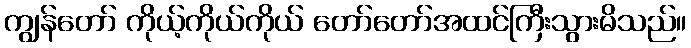
ကျွန်တော် ကိုယ့်ကိုယ်ကိုယ် တော်တော်အထင်ကြီးသွားမိသည်။